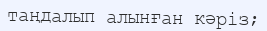
таңдалып алынған кәріз;